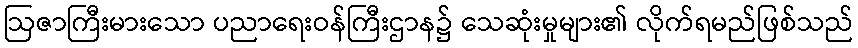
ဩဇာကြီးမားသော ပညာရေးဝန်ကြီးဌာန၌ သေဆုံးမှုများ၏ လိုက်ရမည်ဖြစ်သည်